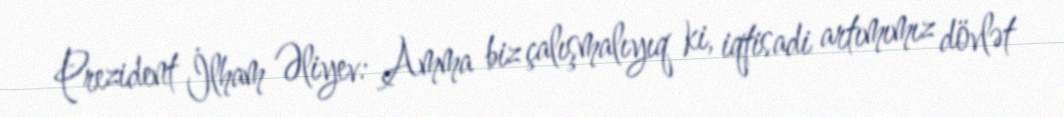
Prezident İlham Əliyev: Amma biz çalışmalıyıq ki, iqtisadi artımımız dövlət